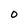
Character: O